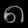
Digit: ၈